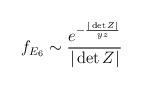
LaTeX: \begin{align*}f_{E_6}\sim \frac{e^{-\frac{|\det Z|}{yz}}}{|\det Z|}\end{align*}